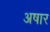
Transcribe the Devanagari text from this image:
अषार